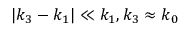
| k _ { 3 } - k _ { 1 } | \ll k _ { 1 } , k _ { 3 } \approx k _ { 0 }